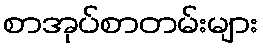
စာအုပ်စာတမ်းများ